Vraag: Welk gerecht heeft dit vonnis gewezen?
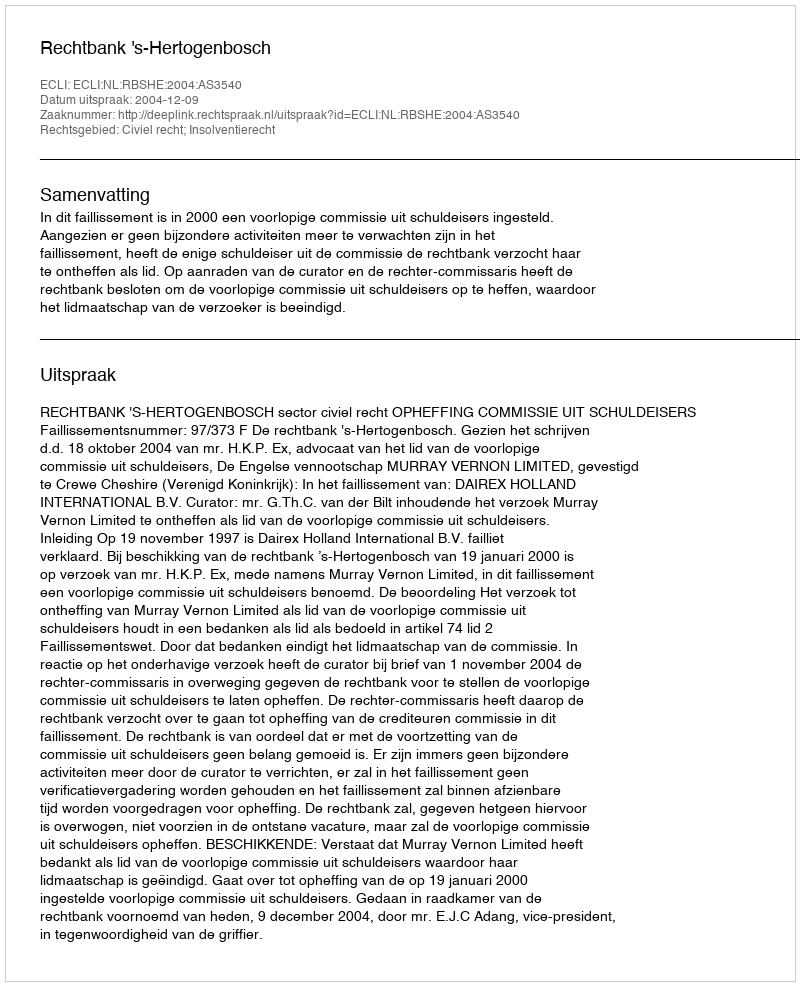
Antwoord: Rechtbank 's-Hertogenbosch